Plague in India, 1896, 1897 - Volume 1
Year: 1896
Disease focus: Plague
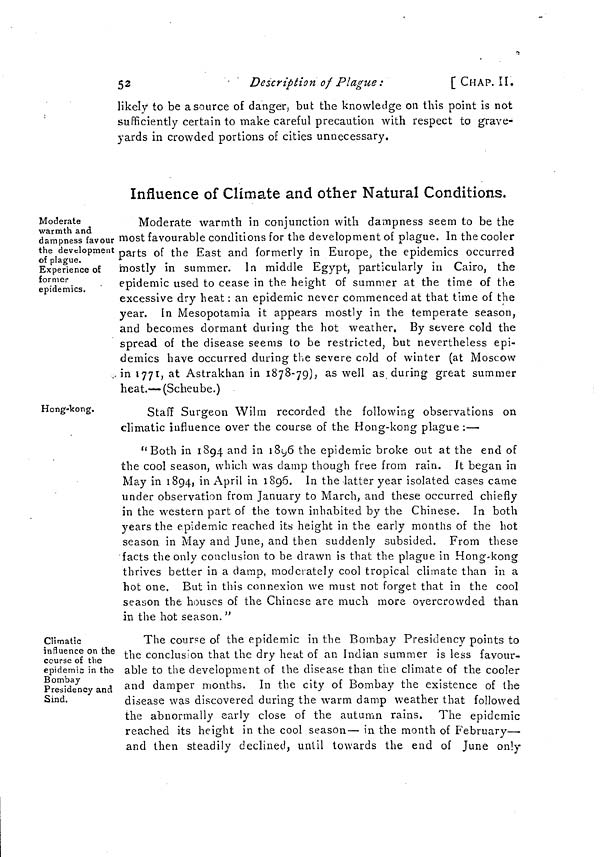
52
Description of Plague :
[CHAP. II.
likely to be a source of danger, but the knowledge on this point is not
sufficiently certain to make careful precaution with respect to grave-
yards in crowded portions of cities unnecessary.
Influence of Climate and other Natural Conditions.
Moderate
warmth and
dampness favour
the development
of plague.
Experience of
former
epidemics.
Moderate warmth in conjunction with dampness seem to be the
most favourable conditions for the development of plague. In the cooler
parts of the East and formerly in Europe, the epidemics occurred
mostly in summer. In middle Egypt, particularly in Cairo, the
epidemic used to cease in the height of summer at the time of the
excessive dry heat : an epidemic never commenced at that time of the
year. In Mesopotamia it appears mostly in the temperate season,
and becomes dormant during the hot weather. By severe cold the
spread of the disease seems to be restricted, but nevertheless epi-
demics have occurred during the severe cold of winter (at Moscow
in 1771, at Astrakhan in 1878-79), as well as, during great summer
heat—(Scheube.)
Hong-kong.
Staff Surgeon Wilm recorded the following observations on
climatic influence over the course of the Hong-kong plague :—
"Both in 1894 and in 1896 the epidemic broke out at the end of
the cool season, which was damp though free from rain. It began in
May in 1894, in April in 1896. In the latter year isolated cases came
under observation from January to March, and these occurred chiefly
in the western part of the town inhabited by the Chinese. In both
years the epidemic reached its height in the early months of the hot
season in May and June, and then suddenly subsided. From these
facts the only conclusion to be drawn is that the plague in Hong-kong
thrives better in a damp, moderately cool tropical climate than in a
hot one. But in this connexion we must not forget that in the cool
season the houses of the Chinese are much more overcrowded than
in the hot season. "
Climatic
influence on the
course of the
epidemic in the
Bombay
Presidency and
Sind.
The course of the epidemic in the Bombay Presidency points to
the conclusion that the dry heat of an Indian summer is less favour-
able to the development of the disease than the climate of the cooler
and damper months. In the city of Bombay the existence of the
disease was discovered during the warm damp weather that followed
the abnormally early close of the autumn rains. The epidemic
reached its height in the cool season— in the month of February—
and then steadily declined, until towards the end of June only